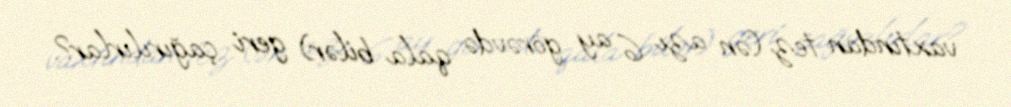
vaxtından tez (ən azı 6 ay görəvdə qala bilər) geri çağırılırlar?.